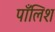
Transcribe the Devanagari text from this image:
पाँलिश